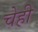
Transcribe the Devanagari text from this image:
चेही